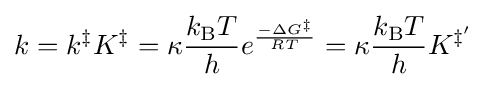
k=k^{\ddagger }K^{\ddagger }=\kappa {\frac {k_{\text{B}}T}{h}}e^{\frac {-\Delta G^{\ddagger }}{RT}}=\kappa {\frac {k_{\text{B}}T}{h}}K^{\ddagger '}